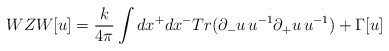
\begin{align*}WZW[u] = \frac{k}{4 \pi} \int dx^{+}dx^{-} Tr(\partial_{-} u \,u^{-1}\partial_{+} u \, u^{-1}) + \Gamma[u]\end{align*}